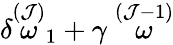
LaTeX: \delta\stackrel{(\mathcal{J})}{\omega}_{1}+\gamma\stackrel{(\mathcal{J}-1)}{\omega}